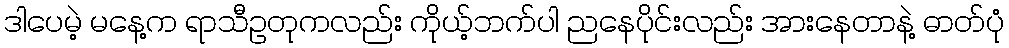
ဒါပေမဲ့ မနေ့က ရာသီဥတုကလည်း ကိုယ့်ဘက်ပါ ညနေပိုင်းလည်း အားနေတာနဲ့ ဓာတ်ပုံ